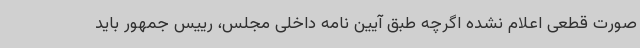
صورت قطعی اعلام نشده اگرچه طبق آیین نامه داخلی مجلس، رییس جمهور باید